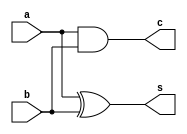
`timescale 1ns / 1ps
//////////////////////////////////////////////////////////////////////////////////
// Company: 
// Engineer: 
// 
// Design Name: 
// Module Name:    HalfAdder 
// Project Name: 
// Target Devices: 
// Tool versions: 
// Description: 
//
// Dependencies: 
//
// Revision: 
// Revision 0.01 - File Created
// Additional Comments: 
//
//////////////////////////////////////////////////////////////////////////////////
module HalfAdder(
    input a,
    input b,
    output c,
    output s
    );
assign c = a&b;
assign s = a^b;

endmodule